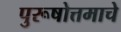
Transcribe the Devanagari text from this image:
पुरूषोत्तमाचे